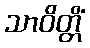
သာဝိတ္တိံ